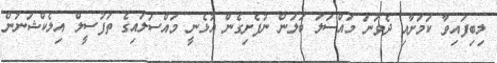
ލިބިފައިވާ ކަމަށާއި ދެވަނަ މައްސަލަ ބަލަން ނުފެށިގެން އުޅެނީ މައްސަލައިގެ ތަފުސީލް އިލެކްޝަނުން